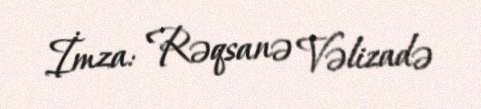
İmza: Rəqsanə Vəlizadə